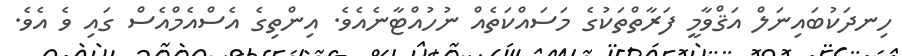
ހިނދަކުބައިނަލް އަޤްވާމީ ފަރާތްތަކުގެ މަސައްކަތެއް ނުހުއްޓާނެއެވެ. އިންތިގެ އެސްއެމްއެސް ގައި ވެ އެވެ.